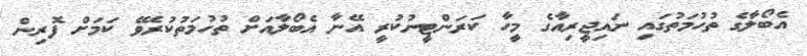
އެބޯލާގެ ތުހުމަތުގައި ނައިޖީރިއާގެ މީހާ ކަރަންޓީނުކުރީ އޭނާ އެބޯލާއަށް ތުހުމަތުކުރެވޭ ކަމަށް ފޮރިން